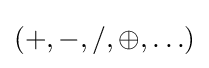
(+,-,/,\oplus ,\ldots )